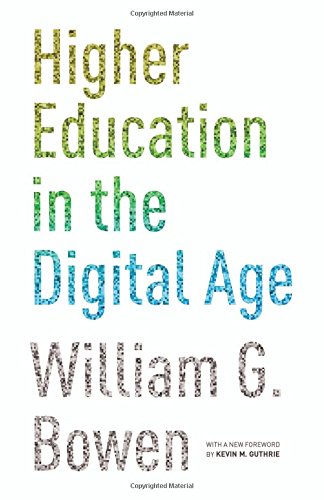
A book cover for Higher Education in the Digital Age; William G. Bowen; Education & Teaching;